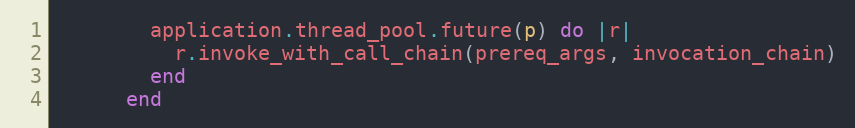
Language: Ruby
        application.thread_pool.future(p) do |r|
          r.invoke_with_call_chain(prereq_args, invocation_chain)
        end
      end